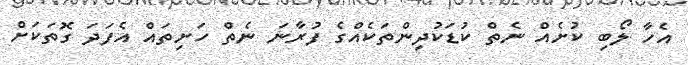
އެހާ ލޯބި ކުށެއް ނެތް ކުޑަކުދިންތަކެއްގެ ފުރާނަ ނެތް ހަށިތައް އެފަދަ ގޮތަކަށް